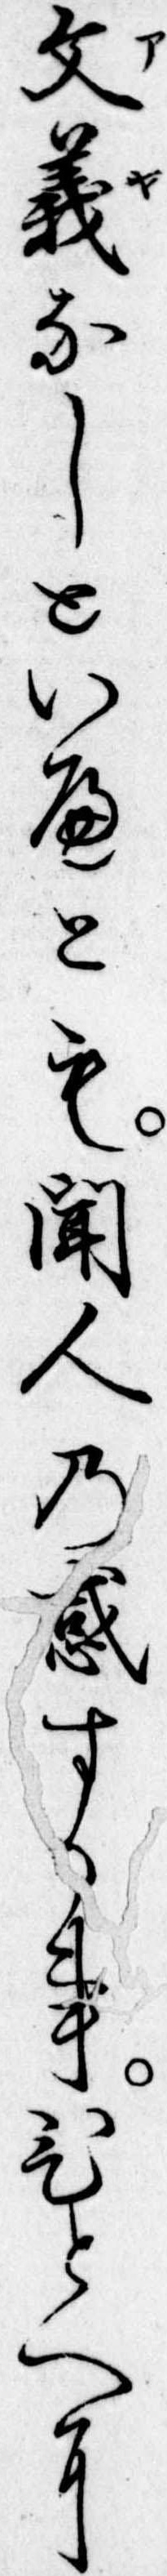
文義なしといへとも聞人の感する事ひとへに